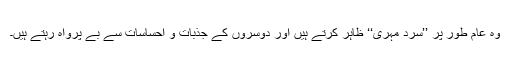
وہ عام طور پر ’’سرد مہری‘‘ ظاہر کرتے ہیں اور دوسروں کے جذبات و احساسات سے بے پرواہ رہتے ہیں۔